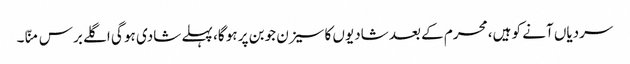
سردیاں آنے کو ہیں، محرم کے بعد شادیوں کا سیزن جوبن پر ہو گا، پہلے شادی ہو گی اگلے برس منّا۔